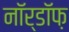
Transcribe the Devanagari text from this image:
नॉर्डॉफ़